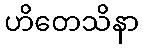
ဟိတေသိနာ